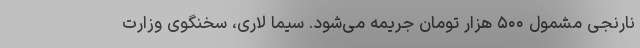
نارنجی مشمول ۵۰۰ هزار تومان جریمه می‌شود. سیما لاری، سخنگوی وزارت